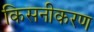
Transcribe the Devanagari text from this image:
किसनीकरण